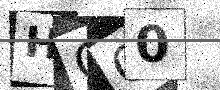
Text: HOO0